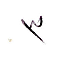
٣